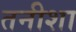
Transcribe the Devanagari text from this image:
तनीशा